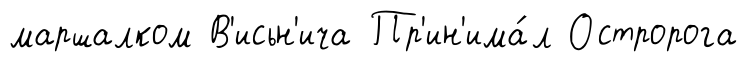
маршалком В'исьн'ича Пр'ин'има́л Остророга